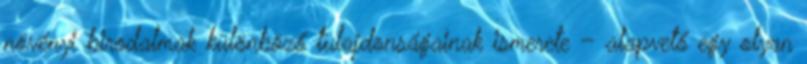
növényi birodalmak különböző tulajdonságainak ismerete – alapvető egy olyan